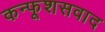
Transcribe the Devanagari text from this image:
कन्फूशसवाद